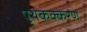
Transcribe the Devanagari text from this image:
पृथकक्करण